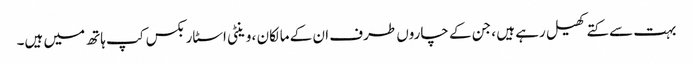
بہت سے کتے کھیل رہے ہیں ، جن کے چاروں طرف ان کے مالکان ، وینٹی اسٹاربکس کپ ہاتھ میں ہیں۔